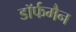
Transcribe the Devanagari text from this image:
डॉर्फमैन